Vaccination in the Punjab 1919-1929 - 1919-1929
Year: 1919
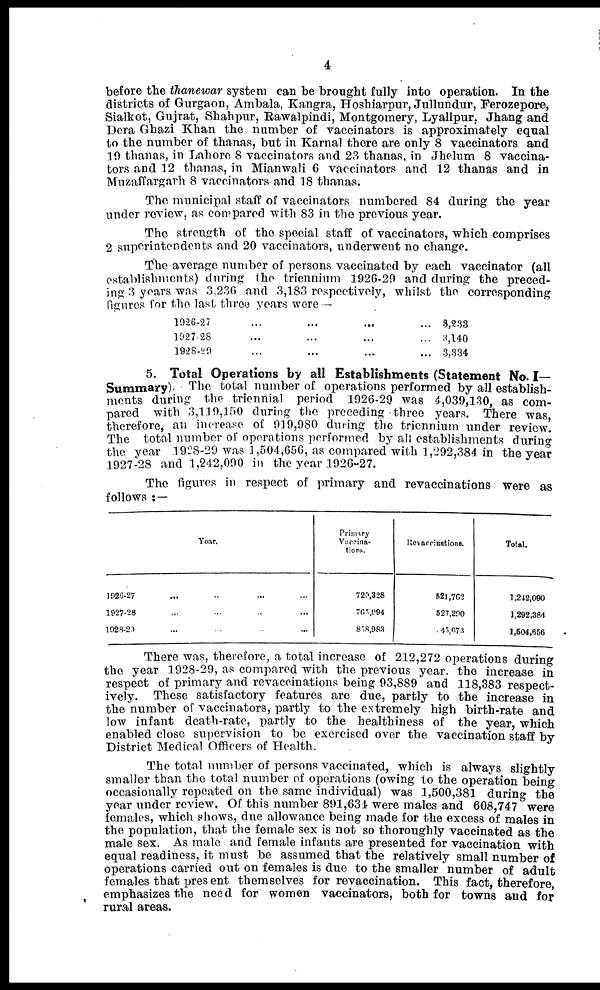
4
before the thanewar system can be brought fully into operation. In the
districts of Gurgaon, Ambala, Kangra, Hoshiarpur, Jullundur, Ferozepore,
Sialkot, Gujrat, Shahpur, Rawalpindi, Montgomery, Lyallpur. Jhang and
Dera Ghazi Khan the number of vaccinators is approximately equal
to the number of thanas, but in Karnal there are only 8 vaccinators and
19 thanas, in Lahore 8 vaccinators and 23 thanas, in Jhelum 8 vaccina-
tors and 12 thanas, in Mianwali 6 vaccinators and 12 thanas and in
Muzaffargarh 8 vaccinators and 18 thanas.
The municipal staff of vaccinators numbered 84 during the year
under review, as compared with 83 in the previous year.
The strength of the special staff of vaccinators, which comprises
2 superintendents and 20 vaccinators, underwent no change.
The average number of persons vaccinated by each vaccinator (all
establishments) during the triennium 1926-29 and during the preced-
ing 3 years was 3,236 and 3,183 respectively, whilst the corresponding
figures for the last three years were —
1926-27 ... ... ... ...
1927-28 ... ... ... ...
1928-29 ... ... ... ...
3,233
3,140
3,334
5. Total Operations by all Establishments (Statement No. I—
Summary). The total number of operations performed by all establish-
ments during the triennial period 1926-29 was 4,039,130, as com-
pared with 3,110,150 during the preceding three years. There was,
therefore, an increase of 919,980 during the triennium under review.
The total number of operations performed by all establishments during
the year 1928-29 was 1,504,656, as compared with 1,292,384 in the year
1927-28 and 1,242,090 in the year 1926-27.
The figures in respect of primary and revaccinations were as
follows : —
Year.
1926-27 ... ... ... ...
1927-28 ... ... ... ...
1928-29 ... ... ... ...
Primary
Vaccina-
tions.
720,328
765,094
858,983
Revaccinations.
521,762
527,290
45,673
Total.
1,242,090
1,292,384
1,504,656
There was, therefore, a total increase of 212,272 operations during
the year 1928-29, as compared with the previous year, the increase in
respect of primary and revaccinations being 93,889 and 118,383 respect-
ively. These satisfactory features are due, partly to the increase in
the number of vaccinators, partly to the extremely high birth-rate and
low infant death-rate, partly to the healthiness of the year, which
enabled close supervision to be exercised over the vaccination staff by
District Medical Officers of Health.
The total number of persons vaccinated, which is always slightly
smaller than the total number of operations (owing to the operation being
occasionally repeated on the same individual) was 1,500,381 during the
year under review. Of this number 891,634 were males and 608,747 were
females, which shows, due allowance being made for the excess of males in
the population, that the female sex is not so thoroughly vaccinated as the
male sex. As male and female infants are presented for vaccination with
equal readiness, it must be assumed that the relatively small number of
operations carried out on females is due to the smaller number of adult
females that present themselves for revaccination. This fact, therefore,
emphasizes the need for women vaccinators, both for towns and for
rural areas.